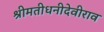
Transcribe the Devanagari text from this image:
श्रीमतीधनीदेवीराव